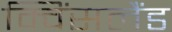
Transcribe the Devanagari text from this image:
क्विंसलैंड